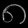
Digit: ၈